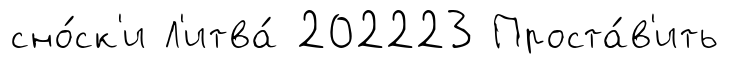
сно́ск'и Л'итва́ 202223 Проста́в'ить